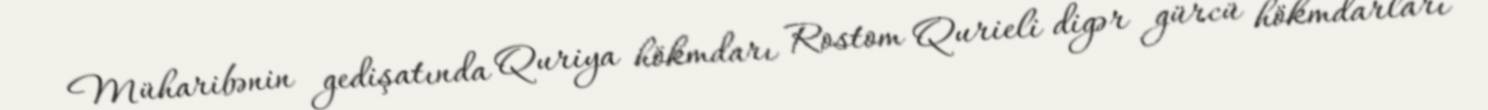
Müharibənin gedişatında Quriya hökmdarı Rostom Qurieli digər gürcü hökmdarları